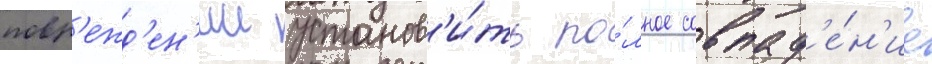
повр'ежд'ен'ии установ'и́ть по́лное совпад'е́н'ие